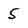
Character: 5